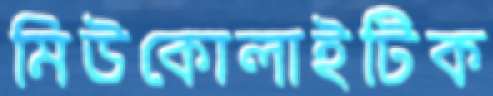
মিউকোলাইটিক